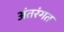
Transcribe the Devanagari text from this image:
अंतरंगत